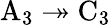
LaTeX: \mathrm{A}_{3}\twoheadrightarrow\mathrm{C}_{3}